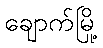
ချောက်မြို့